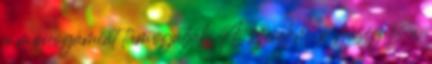
a monogámiát támogatják A szerelem, a hűség és a